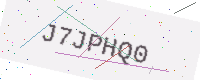
Text: J7JPHQ0